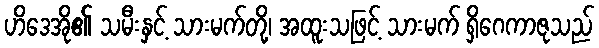
ဟိဒေအို၏ သမီးနှင့် သားမက်တို့၊ အထူးသဖြင့် သားမက် ရှိဂေကာဇုသည်